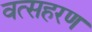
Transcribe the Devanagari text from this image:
वत्सहरण